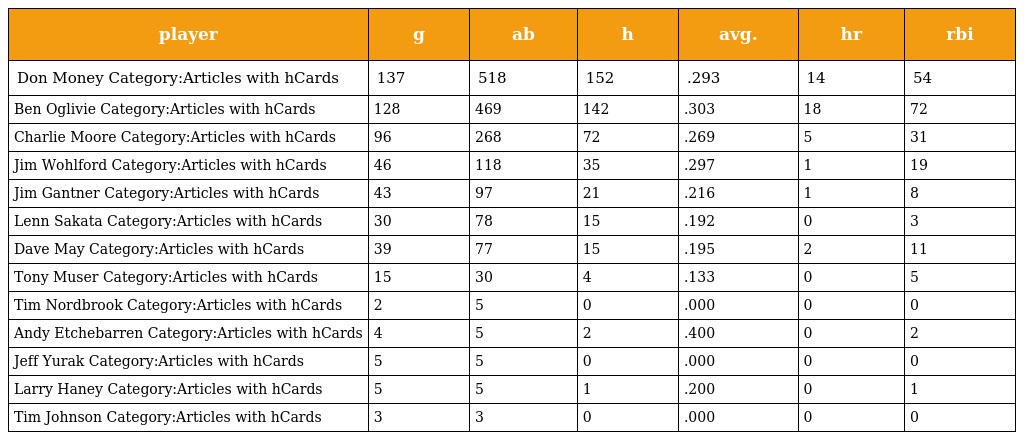
| player | g | ab | h | avg. | hr | rbi |
 | --- | --- | --- | --- | --- | --- | --- |
 | Don Money Category:Articles with hCards | 137 | 518 | 152 | .293 | 14 | 54 |
 | Ben Oglivie Category:Articles with hCards | 128 | 469 | 142 | .303 | 18 | 72 |
 | Charlie Moore Category:Articles with hCards | 96 | 268 | 72 | .269 | 5 | 31 |
 | Jim Wohlford Category:Articles with hCards | 46 | 118 | 35 | .297 | 1 | 19 |
 | Jim Gantner Category:Articles with hCards | 43 | 97 | 21 | .216 | 1 | 8 |
 | Lenn Sakata Category:Articles with hCards | 30 | 78 | 15 | .192 | 0 | 3 |
 | Dave May Category:Articles with hCards | 39 | 77 | 15 | .195 | 2 | 11 |
 | Tony Muser Category:Articles with hCards | 15 | 30 | 4 | .133 | 0 | 5 |
 | Tim Nordbrook Category:Articles with hCards | 2 | 5 | 0 | .000 | 0 | 0 |
 | Andy Etchebarren Category:Articles with hCards | 4 | 5 | 2 | .400 | 0 | 2 |
 | Jeff Yurak Category:Articles with hCards | 5 | 5 | 0 | .000 | 0 | 0 |
 | Larry Haney Category:Articles with hCards | 5 | 5 | 1 | .200 | 0 | 1 |
 | Tim Johnson Category:Articles with hCards | 3 | 3 | 0 | .000 | 0 | 0 |